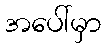
အပေါ်မှာ